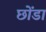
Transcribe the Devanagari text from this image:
छोंडा